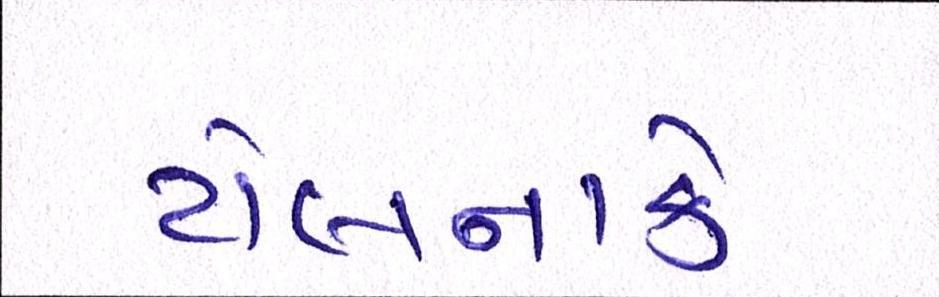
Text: ટોલનાકે